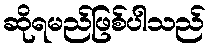
ဆိုရမည်ဖြစ်ပါသည်